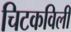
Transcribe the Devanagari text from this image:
चिटकविली